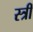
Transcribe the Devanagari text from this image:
स्त्रीं